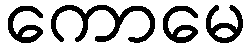
ကောမေ